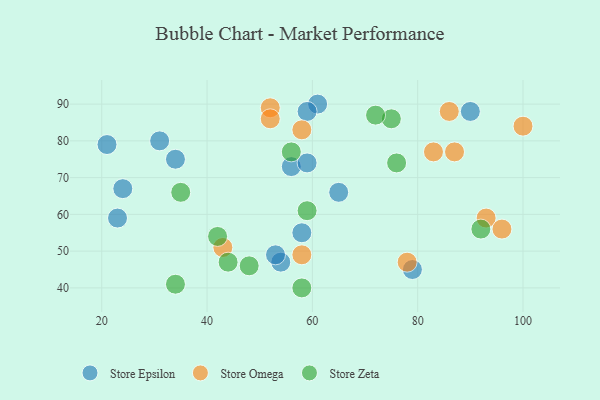
{"axis": {"x": "GDP", "y": "Life Expectancy"}, "legend": ["Store Epsilon", "Store Omega", "Store Zeta"], "data": [{"x": "54", "y": 47, "type": "Store Epsilon"}, {"x": "79", "y": 45, "type": "Store Epsilon"}, {"x": "65", "y": 66, "type": "Store Epsilon"}, {"x": "21", "y": 79, "type": "Store Epsilon"}, {"x": "56", "y": 73, "type": "Store Epsilon"}, {"x": "24", "y": 67, "type": "Store Epsilon"}, {"x": "53", "y": 49, "type": "Store Epsilon"}, {"x": "59", "y": 74, "type": "Store Epsilon"}, {"x": "58", "y": 55, "type": "Store Epsilon"}, {"x": "31", "y": 80, "type": "Store Epsilon"}, {"x": "34", "y": 75, "type": "Store Epsilon"}, {"x": "61", "y": 90, "type": "Store Epsilon"}, {"x": "90", "y": 88, "type": "Store Epsilon"}, {"x": "23", "y": 59, "type": "Store Epsilon"}, {"x": "59", "y": 88, "type": "Store Epsilon"}, {"x": "83", "y": 77, "type": "Store Omega"}, {"x": "87", "y": 77, "type": "Store Omega"}, {"x": "93", "y": 59, "type": "Store Omega"}, {"x": "52", "y": 89, "type": "Store Omega"}, {"x": "43", "y": 51, "type": "Store Omega"}, {"x": "86", "y": 88, "type": "Store Omega"}, {"x": "96", "y": 56, "type": "Store Omega"}, {"x": "52", "y": 86, "type": "Store Omega"}, {"x": "58", "y": 83, "type": "Store Omega"}, {"x": "78", "y": 47, "type": "Store Omega"}, {"x": "58", "y": 49, "type": "Store Omega"}, {"x": "100", "y": 84, "type": "Store Omega"}, {"x": "44", "y": 47, "type": "Store Zeta"}, {"x": "35", "y": 66, "type": "Store Zeta"}, {"x": "56", "y": 77, "type": "Store Zeta"}, {"x": "92", "y": 56, "type": "Store Zeta"}, {"x": "48", "y": 46, "type": "Store Zeta"}, {"x": "76", "y": 74, "type": "Store Zeta"}, {"x": "75", "y": 86, "type": "Store Zeta"}, {"x": "42", "y": 54, "type": "Store Zeta"}, {"x": "59", "y": 61, "type": "Store Zeta"}, {"x": "58", "y": 40, "type": "Store Zeta"}, {"x": "34", "y": 41, "type": "Store Zeta"}, {"x": "72", "y": 87, "type": "Store Zeta"}]}